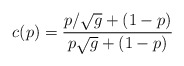
\begin{align*}c(p) = { p / \sqrt{g} + (1-p) \over p \sqrt{g} + (1 - p)}\end{align*}